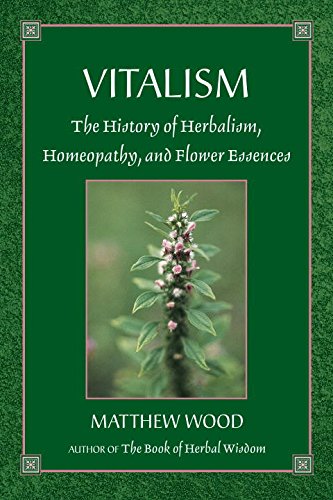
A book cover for Vitalism: The History of Herbalism, Homeopathy, and Flower Essences; Matthew Wood; Health, Fitness & Dieting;